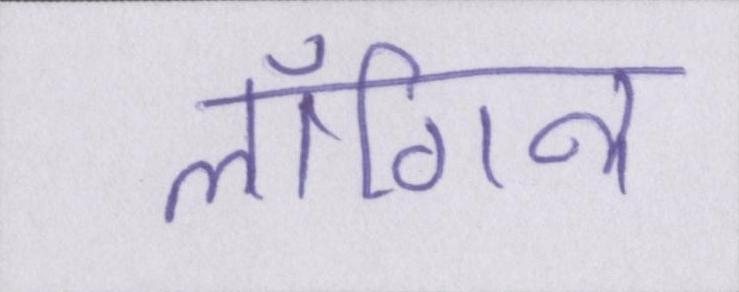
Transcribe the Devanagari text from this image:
लॉगिन